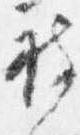
被